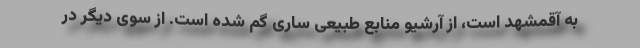
به آقمشهد است، از آرشیو منابع طبیعی ساری گم شده است. از سوی دیگر در